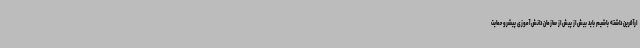
ارآفرین داشته باشیم باید بیش از پیش از سازمان دانش آموزی پیشرو حمایت